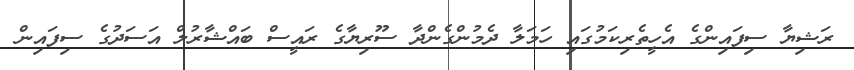
ރަޝިޔާ ސިފައިންގެ އެހީތެރިކަމުގައި ހަމަލާ ދެމުންގެންދާ ސޫރިޔާގެ ރައީސް ބައްޝާރުލް އަސަދުގެ ސިފައިން